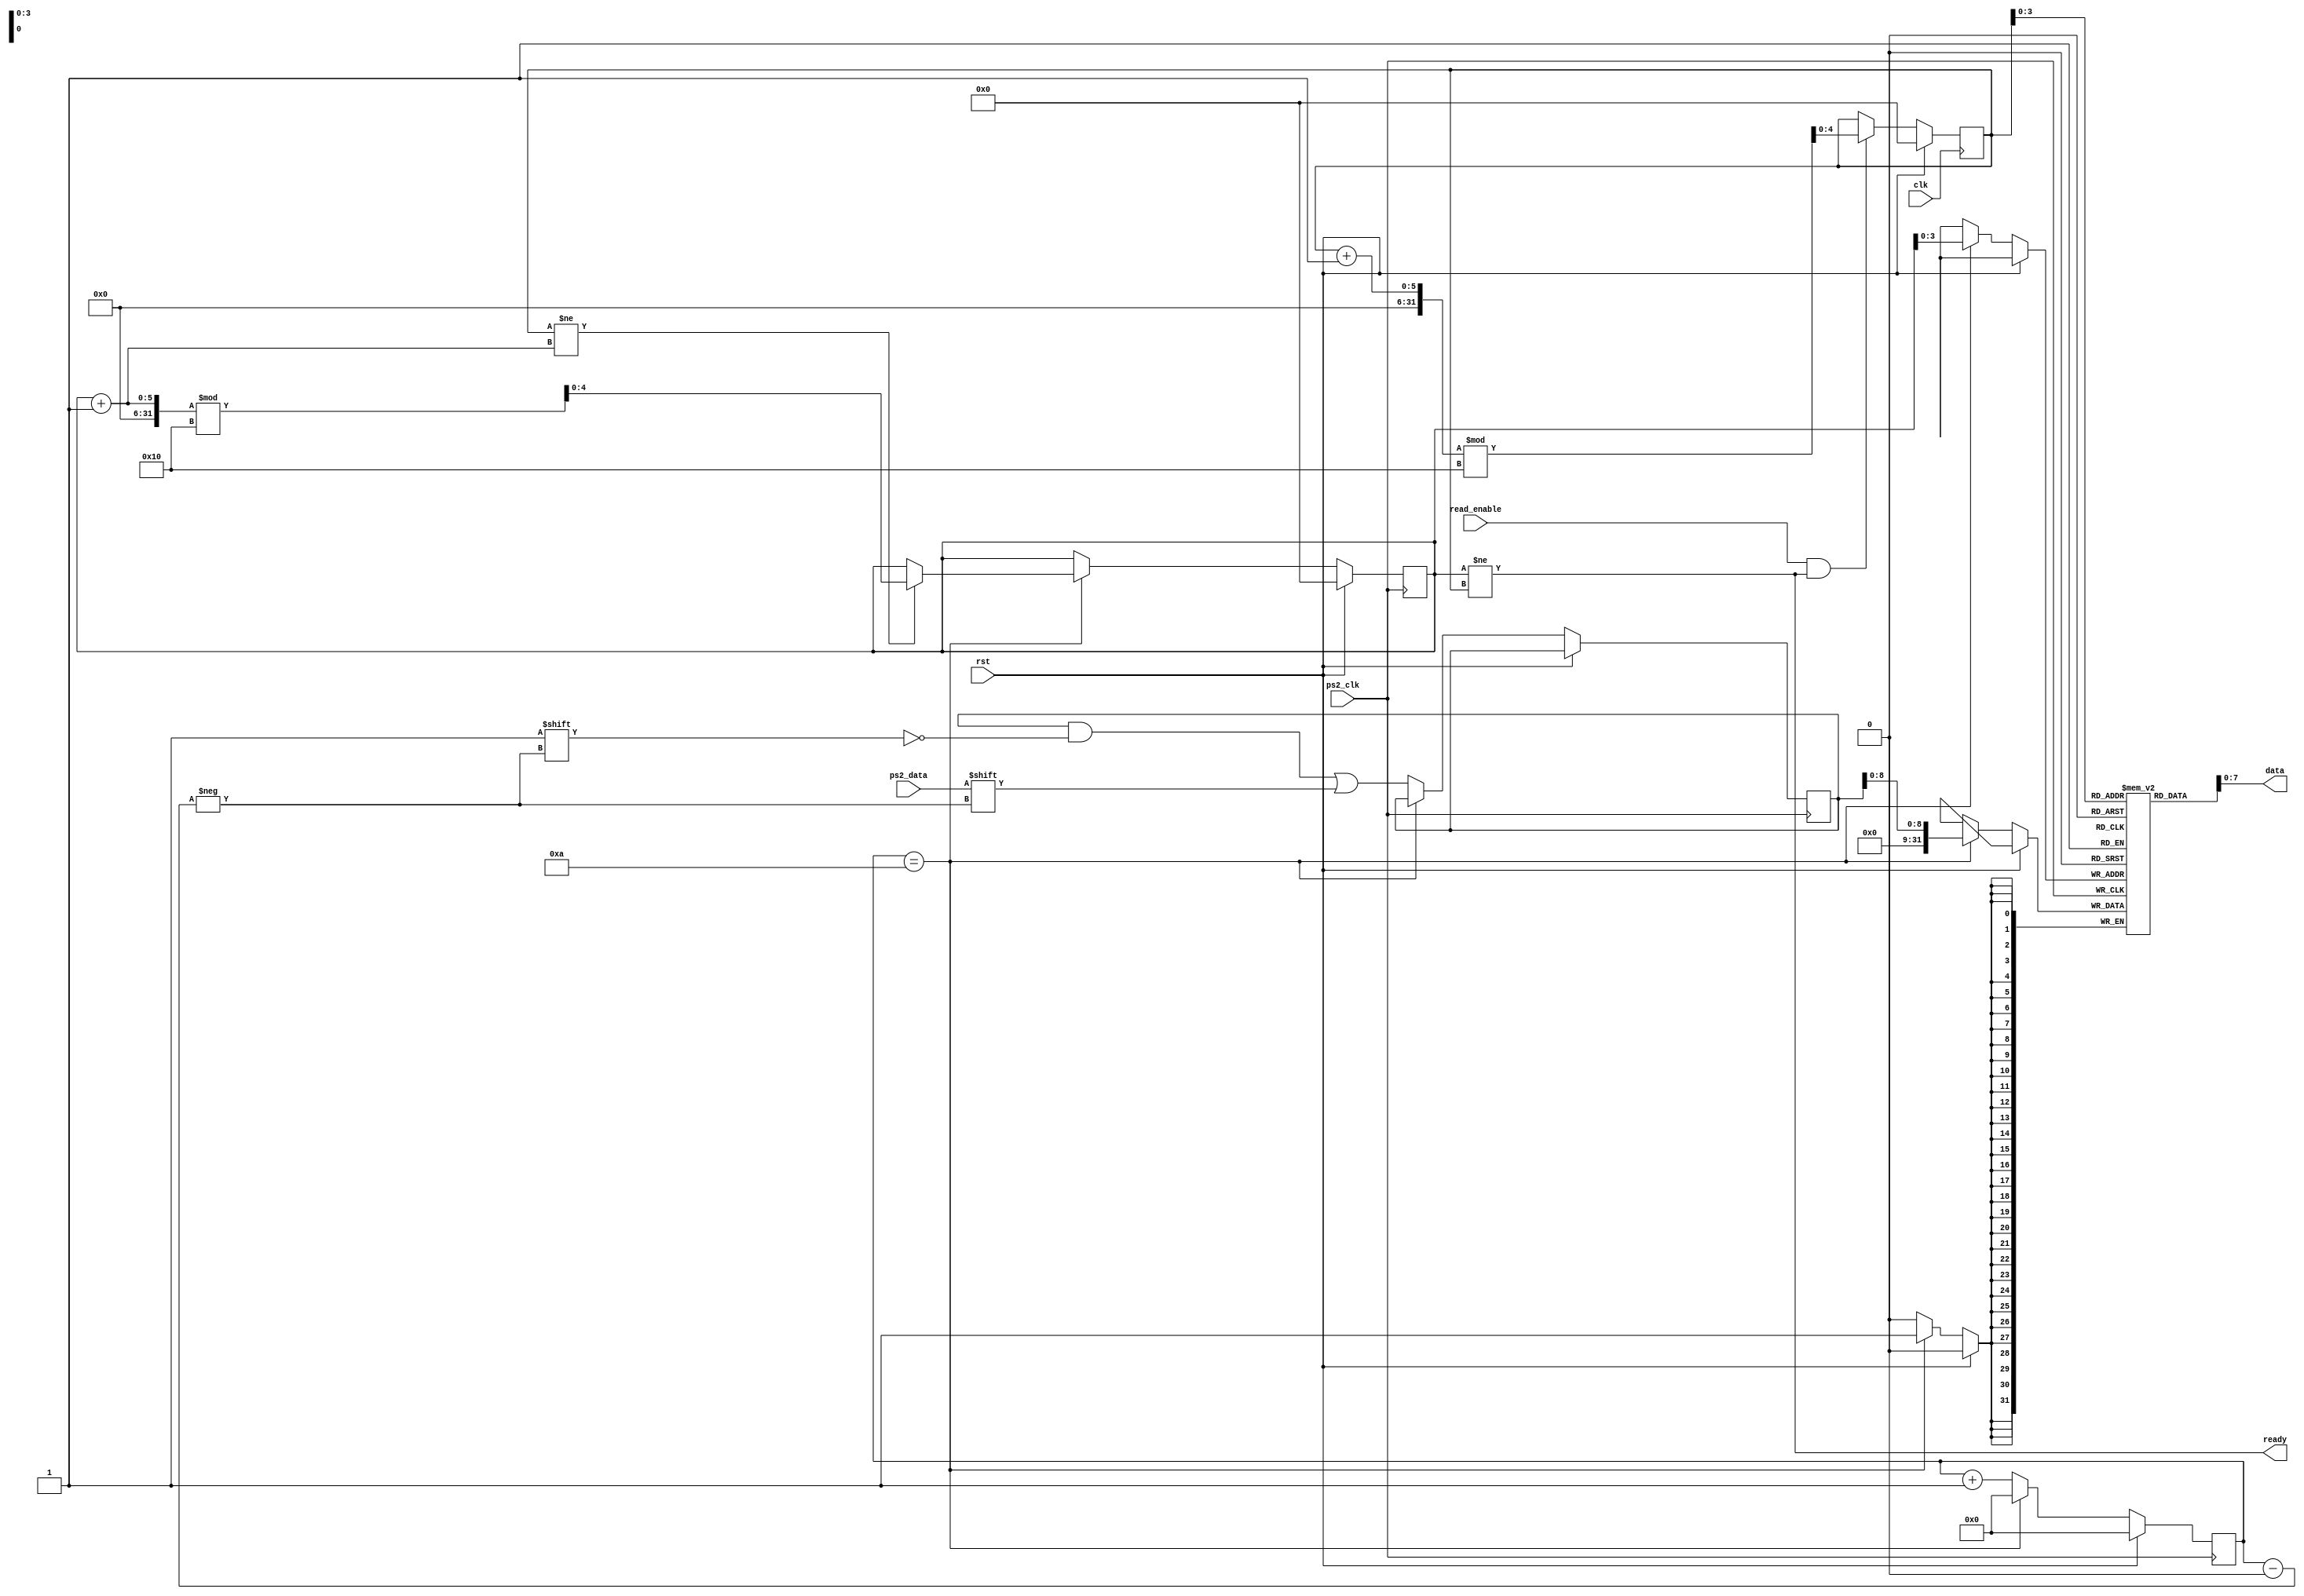
`timescale 1ns / 1ps
//////////////////////////////////////////////////////////////////////////////////
// Company: 
// Engineer: 
// 
// Design Name: 
// Module Name: ps2_kbd
// Project Name: 
// Target Devices: 
// Tool Versions: 
// Description: 
// 
// Dependencies: 
// 
// Revision:
// Revision 0.01 - File Created
// Additional Comments:
// 
//////////////////////////////////////////////////////////////////////////////////


module ps2_kbd(
    input clk,
    input rst,
    input ps2_clk,
    input ps2_data,
    input read_enable,
    output [7:0] data,
    output ready
    );

reg [3:0] count;
reg [9:0] buffer;
reg [31:0] fifo[15:0];
reg [4:0] w_ptr, r_ptr;

always @(negedge ps2_clk) begin
    if (rst == 1) begin
        w_ptr <= 0;
        count <= 0;
    end
    else begin
        if (count == 4'd10) begin
            fifo[w_ptr] <= buffer[8:0];
            if (r_ptr != (w_ptr + 1)) begin
                w_ptr <= (w_ptr + 1) % 16;
            end
            count <= 0;
        end
        else begin
            buffer[count] <= ps2_data;
            count <= count + 1'b1;
        end
    end
end

always @(posedge clk) begin
    if (rst == 1) begin
        r_ptr <= 0;
    end
    else if (read_enable && ready) begin
        r_ptr <= (r_ptr + 1) % 16;
    end
end

assign ready = (w_ptr != r_ptr);
assign data = fifo[r_ptr];
    
endmodule